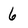
Character: 6